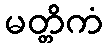
မတ္တိကံ